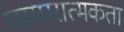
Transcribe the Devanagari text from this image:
परम्परात्मकता